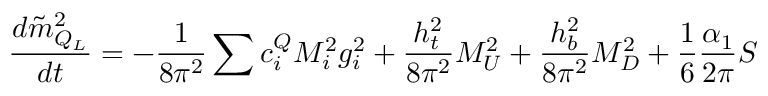
\frac { d \tilde { m } _ { Q _ { L } } ^ { 2 } } { d t } = - \frac 1 { 8 \pi ^ { 2 } } \sum c _ { i } ^ { Q } M _ { i } ^ { 2 } g _ { i } ^ { 2 } + \frac { h _ { t } ^ { 2 } } { 8 \pi ^ { 2 } } { \cal M } _ { U } ^ { 2 } + \frac { h _ { b } ^ { 2 } } { 8 \pi ^ { 2 } } { \cal M } _ { D } ^ { 2 } + \frac 1 6 \frac { \alpha _ { 1 } } { 2 \pi } S